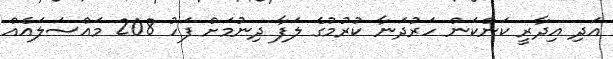
އަދި އިދާރީ ކަންކަން ހަރުދަނާ ކުރުމުގެ ލަފާ ދިނުމަށް ފަހު 208 މައްސަލައެއް